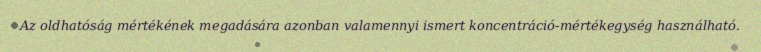
Az oldhatóság mértékének megadására azonban valamennyi ismert koncentráció-mértékegység használható.